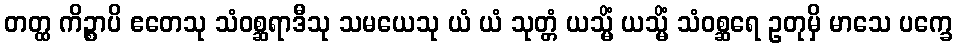
တတ္ထ ကိဉ္စာပိ ဧတေသု သံဝစ္ဆရာဒီသု သမယေသု ယံ ယံ သုတ္တံ ယသ္မိံ ယသ္မိံ သံဝစ္ဆရေ ဥတုမှိ မာသေ ပက္ခေ